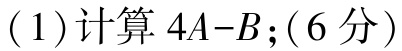
(1)计算 \(4A - B\);(6分)